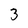
Character: 3